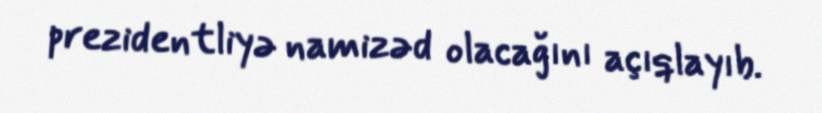
prezidentliyə namizəd olacağını açıqlayıb.